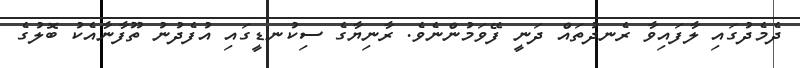
ދެމެދުގައި ލާފައިވާ ރެނދުތައް ދަނީ ފޭވަމުންނެވެ. ރާނިޔާގެ ސިކުނޑީގައި އުފެދުނު ތޫފާނާއެކު ބޮލުގެ